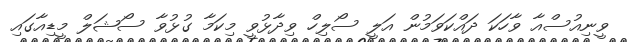
ވީނިއުސްއާ ވާހަކަ ދައްކަވަމުން އަލީ ސޯލިހް ވިދާޅުވީ މިކަމާ ގުޅުވާ ސޯޝަލް މީޑިއާގައި